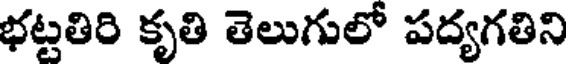
భట్టతిరి కృతి తెలుగులో పద్యగతిని